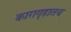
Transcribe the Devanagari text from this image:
कारागृहातच